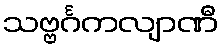
သဗ္ဗင်္ဂကလျာဏီ